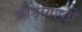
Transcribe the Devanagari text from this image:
क्रीड़ागोष्ठी